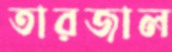
তারজাল